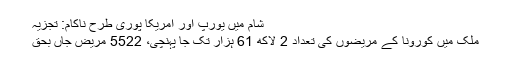
شام میں یورپ اور امریکا پوری طرح ناکام: تجزیہ
ملک میں کورونا کے مریضوں کی تعداد 2 لاکھ 61 ہزار تک جا پہنچی، 5522 مریض جاں بحق